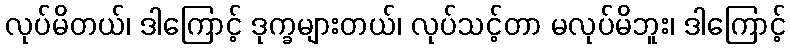
လုပ်မိတယ်၊ ဒါကြောင့် ဒုက္ခများတယ်၊ လုပ်သင့်တာ မလုပ်မိဘူး၊ ဒါကြောင့်